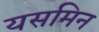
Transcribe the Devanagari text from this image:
यसमिन